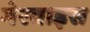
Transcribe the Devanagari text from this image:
गेरवाइस